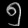
Digit: ၅